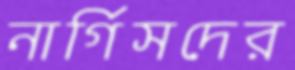
নার্গিসদের